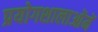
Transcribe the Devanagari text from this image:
प्रयोगशालाओंमें